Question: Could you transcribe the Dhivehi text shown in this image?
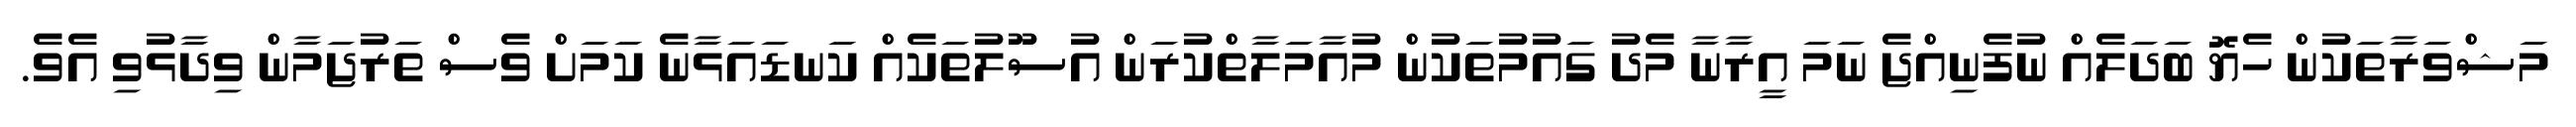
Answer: މަޝްވަރާތަކުން ހެޔޮ ބަދަލެއް ނުފެނިއްޖެ ނަމަ އީރާނާ މެދު ގައުމުތަކުން މުއާމަލާތްކުރަން އުސޫލުތަކެއް ކަނޑައަޅާނެ ކަމަށް ވެސް ތަރުޖަމާން ވިދާޅުވި އެވެ.